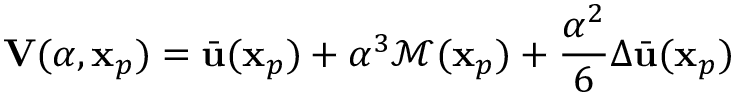
\mathbf { V } ( \alpha , \mathbf { x } _ { p } ) = \bar { \mathbf { u } } ( \mathbf { x } _ { p } ) + \alpha ^ { 3 } \mathcal { M } ( \mathbf { x } _ { p } ) + \frac { \alpha ^ { 2 } } { 6 } \Delta \bar { \mathbf { u } } ( \mathbf { x } _ { p } )